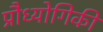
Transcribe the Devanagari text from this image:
प्रौध्योगिकी